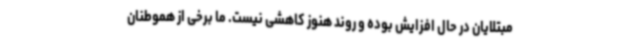
مبتلایان در حال افزایش بوده و روند هنوز کاهشی نیست. ما برخی از هموطنان